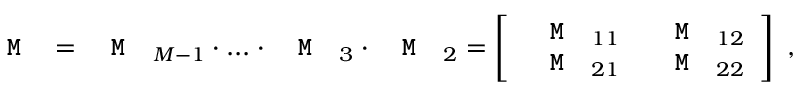
\texttt { \textbf { M } } = \texttt { \textbf { M } } _ { M - 1 } \cdot . . . \cdot \texttt { \textbf { M } } _ { 3 } \cdot \texttt { \textbf { M } } _ { 2 } = \left[ \begin{array} { c c } { \texttt { \textbf { M } } _ { 1 1 } } & { \texttt { \textbf { M } } _ { 1 2 } } \\ { \texttt { \textbf { M } } _ { 2 1 } } & { \texttt { \textbf { M } } _ { 2 2 } } \end{array} \right] \, \, ,